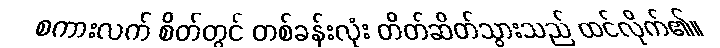
စကားလက် စိတ်တွင် တစ်ခန်းလုံး တိတ်ဆိတ်သွားသည် ထင်လိုက်၏။